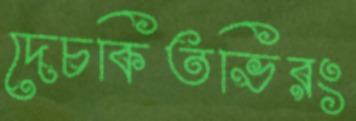
দেচকিতভিরং